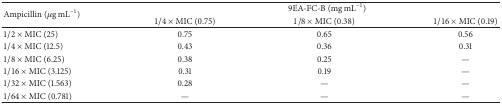
<table><thead><tr><td rowspan="2"><b>Ampicillin (<i>μ</i>g mL<sup>−1</sup>)</b></td><td colspan="3"><b>9EA-FC-B (mg mL<sup>−1</sup>)</b></td></tr><tr><td><b>1/4 × MIC (0.75)</b></td><td><b>1/8 × MIC (0.38)</b></td><td><b>1/16 × MIC (0.19)</b></td></tr></thead><tbody><tr><td>1/2 × MIC (25)</td><td>0.75 </td><td>0.65</td><td>0.56</td></tr><tr><td>1/4 × MIC (12.5)</td><td>0.43</td><td>0.36</td><td>0.31</td></tr><tr><td>1/8 × MIC (6.25)</td><td>0.38</td><td>0.25</td><td>—</td></tr><tr><td>1/16 × MIC (3.125)</td><td>0.31</td><td>0.19</td><td>—</td></tr><tr><td>1/32 × MIC (1.563)</td><td>0.28</td><td>—</td><td>—</td></tr><tr><td>1/64 × MIC (0.781)</td><td>—</td><td>—</td><td>—</td></tr></tbody></table>